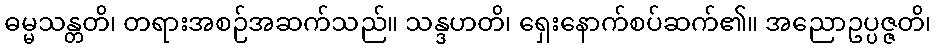
ဓမ္မသန္တတိ၊ တရားအစဉ်အဆက်သည်။ သန္ဒဟတိ၊ ရှေးနောက်စပ်ဆက်၏။ အညောဥပ္ပဇ္ဇတိ၊